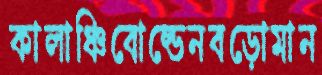
কালাঞ্চিবোল্ডেনবড়োমান